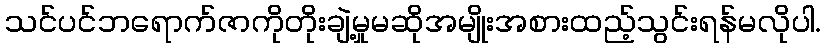
သင်ပင်ဘရောက်ဇာကိုတိုးချဲ့မှုမဆိုအမျိုးအစားထည့်သွင်းရန်မလိုပါ.